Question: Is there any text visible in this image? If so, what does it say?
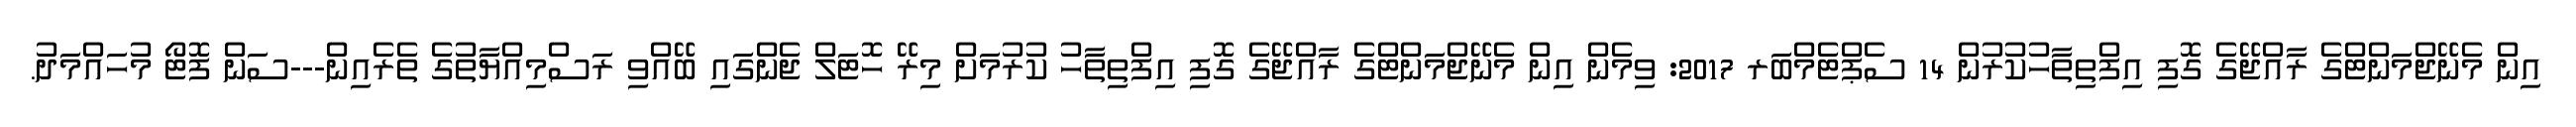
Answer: އިން މެނޭޖްމަންޓްގެ ރާއްޖޭގެ ގޮފި އިފްތިތާހުކުރުން 14 ސެޕްޓެމްބަރ 2017: ވިމެން އިން މެނޭޖްމަންޓްގެ ރާއްޖޭގެ ގޮފި އިފްތިތާހު ކުރުމަށް މިރޭ ހޮޓަލް ޖެންގައި ބޭއްވި ރަސްމިއްޔާތުގެ ތެރެއިން---ސަން ފޮޓޯ މުހައްމަދު.